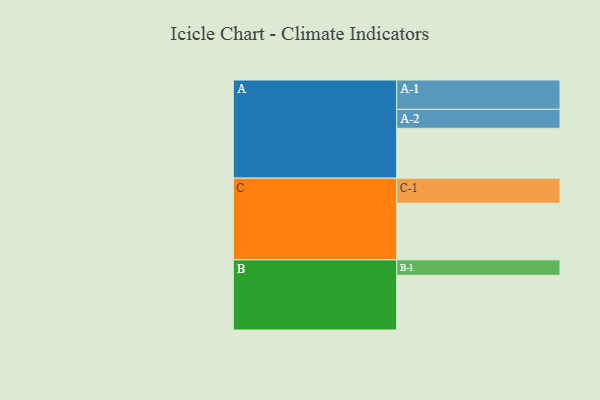
{"axis": {"x": "Segment", "y": "Value"}, "legend": ["", "A", "B", "C"], "data": [{"x": "A", "y": 413, "type": ""}, {"x": "B", "y": 453, "type": ""}, {"x": "C", "y": 469, "type": ""}, {"x": "A-1", "y": 243, "type": "A"}, {"x": "A-2", "y": 157, "type": "A"}, {"x": "B-1", "y": 128, "type": "B"}, {"x": "C-1", "y": 208, "type": "C"}]}